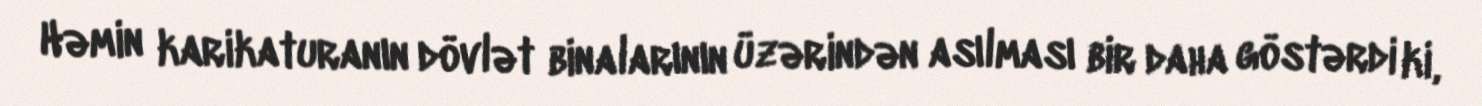
Həmin karikaturanın dövlət binalarının üzərindən asılması bir daha göstərdi ki,